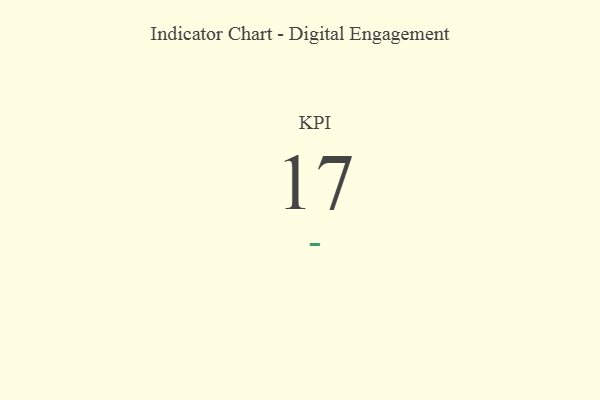
{"axis": {"x": "KPI", "y": "Value"}, "legend": [""], "data": [{"x": "KPI", "y": 17, "type": ""}]}